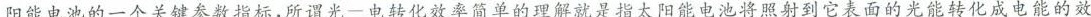
阳能电池的一个关键参数指标，所谓光—电转化效率简单的理解就是指太阳能电池将照射到它表面的光能转化成电能的效